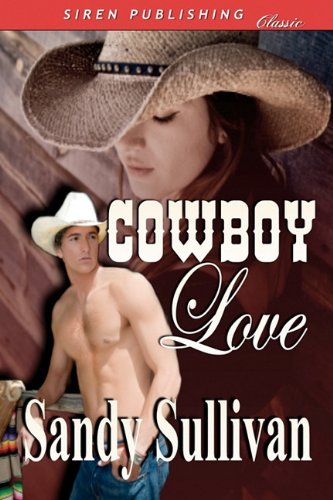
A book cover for Cowboy Love (Siren Publishing); Sandy Sullivan; Romance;